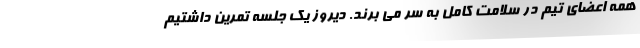
همه اعضای تیم در سلامت کامل به سر می برند. دیروز یک جلسه تمرین داشتیم